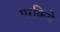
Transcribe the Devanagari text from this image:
परकिये